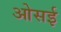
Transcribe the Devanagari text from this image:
ओसई